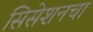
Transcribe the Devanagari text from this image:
सिसेशनचा